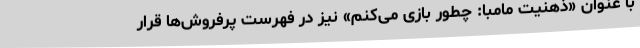
با عنوان «ذهنیت مامبا: چطور بازی می‌کنم» نیز در فهرست پرفروش‌ها قرار